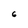
Character: 6